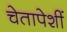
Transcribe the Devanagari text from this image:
चेतापेशीं